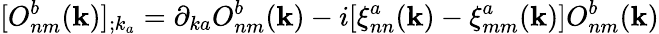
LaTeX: [O_{nm}^{b}(\textbf{k})]_{;k_{a}}=\partial_{ka}O_{nm}^{b}(\textbf{k})-i[\xi_{nn}^{a}(\textbf{k})-\xi_{mm}^{a}(\textbf{k})]O_{nm}^{b}(\textbf{k})